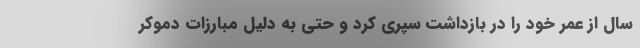
سال از عمر خود را در بازداشت سپری کرد و حتی به دلیل مبارزات دموکر